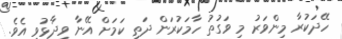
ހޭދަކުރާ މިންވަރު މި ވަގުތު ހާމަކުރަން ދަތި ކަމަށް އޭނާ ވިދާޅުވި އެވެ.